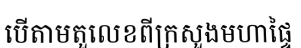
បើតាមតួលេខពីក្រសួងមហាផ្ទៃ